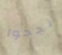
نجحوا